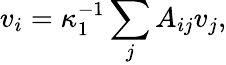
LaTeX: v_{i}=\kappa_{1}^{-1}\sum_{j}A_{ij}v_{j},